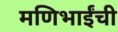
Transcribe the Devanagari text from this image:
मणिभाईंची